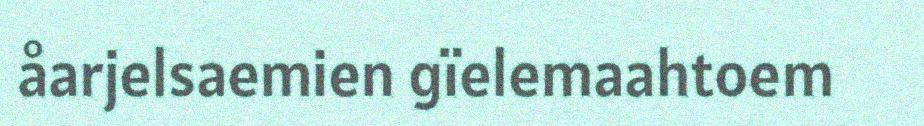
åarjelsaemien gïelemaahtoem